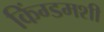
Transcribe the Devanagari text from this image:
किंग्डमशी